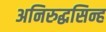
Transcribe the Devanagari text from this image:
अनिरुद्धसिन्ह